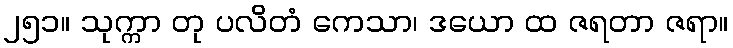
၂၅၁။ သုက္ကာ တု ပလိတံ ကေသာ၊ ဒယော ထ ဇရတာ ဇရာ။